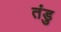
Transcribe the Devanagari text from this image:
तंडु